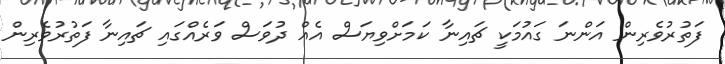
ފަތުރުވެރިން އަންނަ ގައުމަކީ ޗައިނާ ކަމަށްވިޔަސް އެއް ދުވަސް ވަރެއްގައި ޗައިނާ ފަތުރުވެރިން